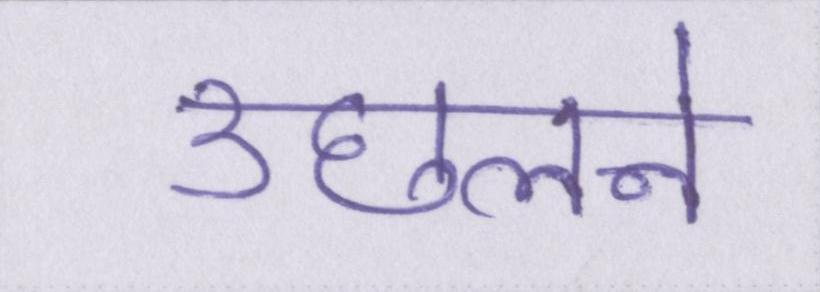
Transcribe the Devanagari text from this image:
उछलने